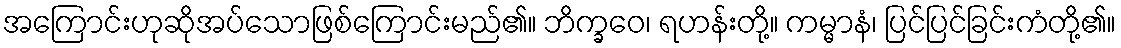
အကြောင်းဟုဆိုအပ်သောဖြစ်ကြောင်းမည်၏။ ဘိက္ခဝေ၊ ရဟန်းတို့။ ကမ္မာနံ၊ ပြင်ပြင်ခြင်းကံတို့၏။